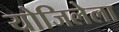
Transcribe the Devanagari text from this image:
योजिलेला